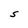
Character: S